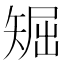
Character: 𥏘